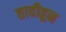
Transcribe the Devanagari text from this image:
तावीहून